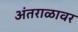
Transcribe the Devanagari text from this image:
अंतराळावर